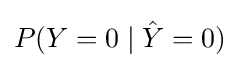
P(Y=0\mid {\hat {Y}}=0)